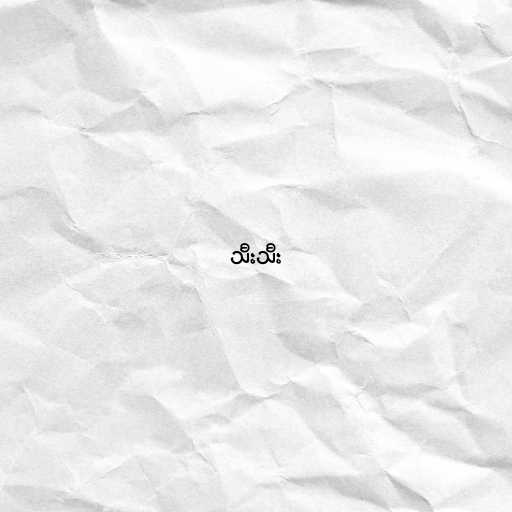
သီးသီး